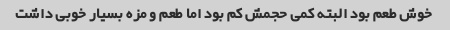
خوش طعم بود البته کمی حجمش کم بود اما طعم و مزه بسیار خوبی داشت